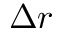
\Delta r